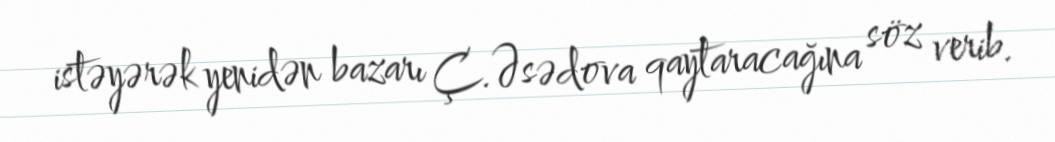
istəyərək yenidən bazarı Ç.Əsədova qaytaracağına söz verib.